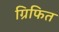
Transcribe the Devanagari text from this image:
ग्रिफित